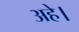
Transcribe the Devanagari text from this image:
अहे।